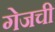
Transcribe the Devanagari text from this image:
गेजची